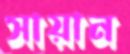
সায়ান